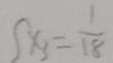
x _ { 3 } = \frac { 1 } { 1 8 }